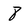
Character: 8